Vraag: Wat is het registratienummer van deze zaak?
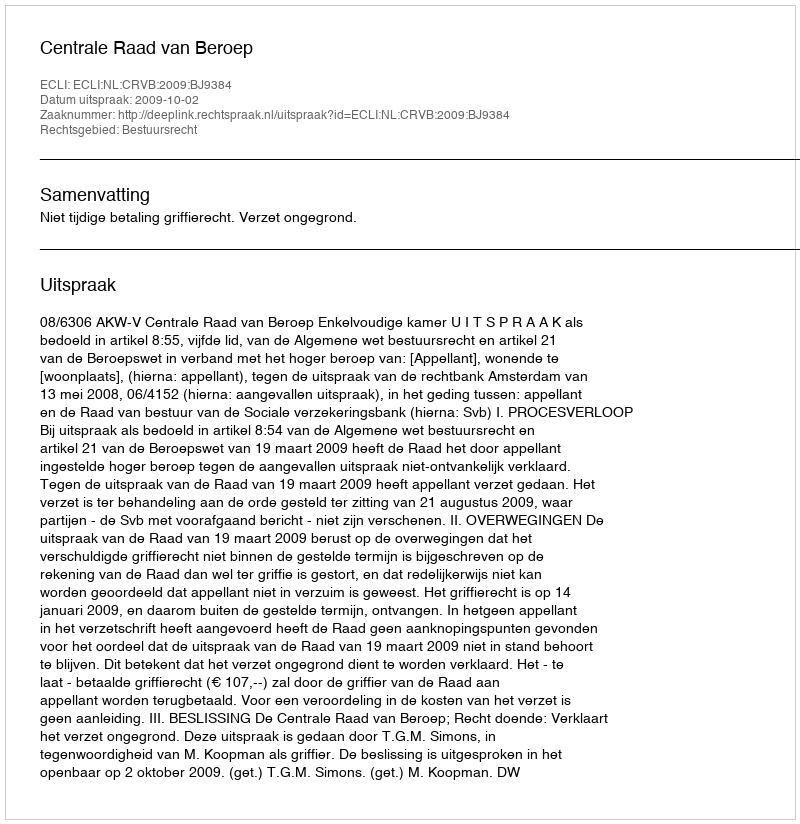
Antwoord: http://deeplink.rechtspraak.nl/uitspraak?id=ECLI:NL:CRVB:2009:BJ9384